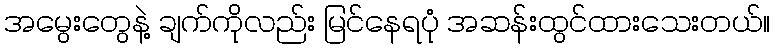
အမွေးတွေနဲ့ ချက်ကိုလည်း မြင်နေရပုံ အဆန်းထွင်ထားသေးတယ်။